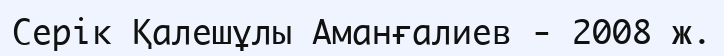
Серік Қалешұлы Аманғалиев - 2008 ж.